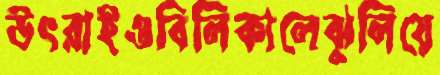
উৎরাইওবিলিকালেঝুলিয়ে